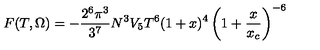
F ( T , \Omega ) = - \frac { 2 ^ { 6 } \pi ^ { 3 } } { 3 ^ { 7 } } N ^ { 3 } V _ { 5 } T ^ { 6 } ( 1 + x ) ^ { 4 } \left( 1 + \frac { x } { x _ { c } } \right) ^ { - 6 }